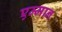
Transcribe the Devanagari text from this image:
एम्मान